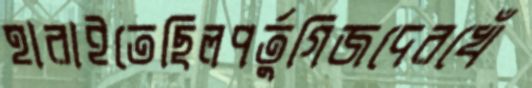
হারাইতেছিলপর্তুগিজদেরখেঁ